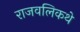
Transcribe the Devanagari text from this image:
राजवलिकथे